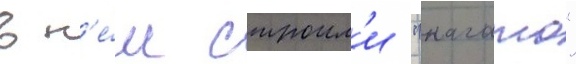
в н'е́м строил'и "нагато"